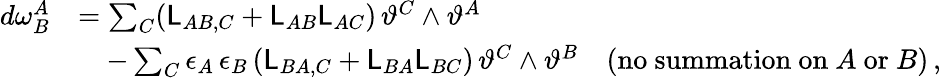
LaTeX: \begin{array}{rl}{d\omega^{A}_{B}}&{=\sum_{C}(\mathsf{L}_{AB,C}+\mathsf{L}_{AB}\mathsf{L}_{AC})\, \vartheta^{C}\wedge\vartheta^{A}}\\ &{\quad-\sum_{C}\epsilon_{A}\, \epsilon_{B}\, (\mathsf{L}_{BA,C}+\mathsf{L}_{BA}\mathsf{L}_{BC})\, \vartheta^{C}\wedge\vartheta^{B}\quad(\mathrm{no~summation~on}~A~\mathrm{or}~B)\, ,}\end{array}